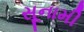
સૂનામી